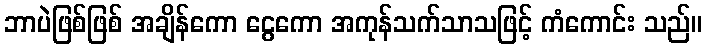
ဘာပဲဖြစ်ဖြစ် အချိန်ကော ငွေကော အကုန်သက်သာသဖြင့် ကံကောင်း သည်။